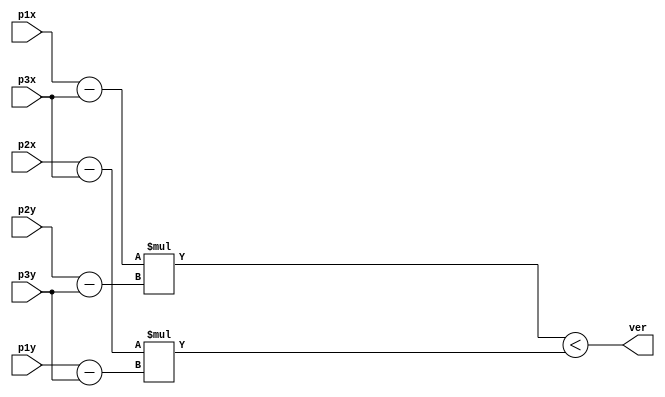
module sign(
	input [10:0]p1x,
	input [10:0]p1y,
	input [10:0]p2x,
	input [10:0]p2y,
	input [10:0]p3x,
	input [10:0]p3y,
	output ver
	);
	
	wire signed [11:0]c1;
	wire signed [11:0]c2;
	wire signed [11:0]c3;
	wire signed [11:0]c4;
	wire signed [23:0]m1;
	wire signed [23:0]m2;

	assign c1 = p1x - p3x;
	assign c2 = p2y - p3y;
	assign c3 = p2x - p3x;
	assign c4 = p1y - p3y;
	
	assign m1 = c1 * c2;
	assign m2 = c3 * c4;

	assign ver = m1 < m2;

endmodule

module triangle(
	input [10:0]px,
	input [10:0]py,
	input [10:0]p1x,
	input [10:0]p1y,
	input [10:0]p2x,
	input [10:0]p2y,
	input [10:0]p3x,
	input [10:0]p3y,
	output saida
	);

	wire signed det, detA, detB, detC;
	
	sign D(p1x, p1y, p2x, p2y, p3x, p3y, det);
	sign DA(px, py, p1x, p1y, p2x, p2y, detA);
	sign DB(px, py, p2x, p2y, p3x, p3y, detB);
	sign DC(px, py, p3x, p3y, p1x, p1y, detC);

	assign saida = (detA == detB && detB == detC);

endmodule

module execucao;
	
	integer pontos;
	integer result;
	integer valor;
	
	reg [10:0]px;
	reg [10:0]py;
	reg [10:0]p1x;
	reg [10:0]p1y;
	reg [10:0]p2x;
	reg [10:0]p2y;
	reg [10:0]p3x;
	reg [10:0]p3y;
	wire saida;
	reg state=0;

	triangle T(px, py, p1x, p1y, p2x, p2y, p3x, p3y, saida);

	initial begin
		pontos = $fopen("entradas.txt","r");
		result = $fopen("saidas_V.txt", "w");
		if (pontos == 0) begin
			$display("Erro na leitura do arquivo!");
      			$finish;
   		end
    		if (result == 0) begin
        		$display("Erro na escrita do arquivo!");
        		$finish;
    		end
	end

	always #2 begin
		if (!$feof(pontos)) begin
	  		if (state != 0)begin
	    			$fdisplay(result, "%d %d %d %d %d %d %d %d = %d", px, py, p1x, p1y, p2x, p2y, p3x, p3y, saida);
				valor = $fscanf(pontos, "%d %d %d %d %d %d %d %d\n", px, py, p1x, p1y, p2x, p2y, p3x, p3y);
	  		end else begin
				valor = $fscanf(pontos, "%d %d %d %d %d %d %d %d\n", px, py, p1x, p1y, p2x, p2y, p3x, p3y);
				state = 1;
  			end
 		end else begin
    			$finish;
  		end
	end
	
endmodule